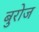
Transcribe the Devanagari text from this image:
बुरोज